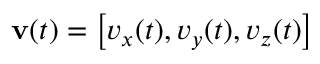
\mathbf { v } ( t ) = \left[ v _ { x } ( t ) , v _ { y } ( t ) , v _ { z } ( t ) \right]